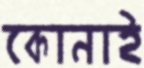
কোনাই